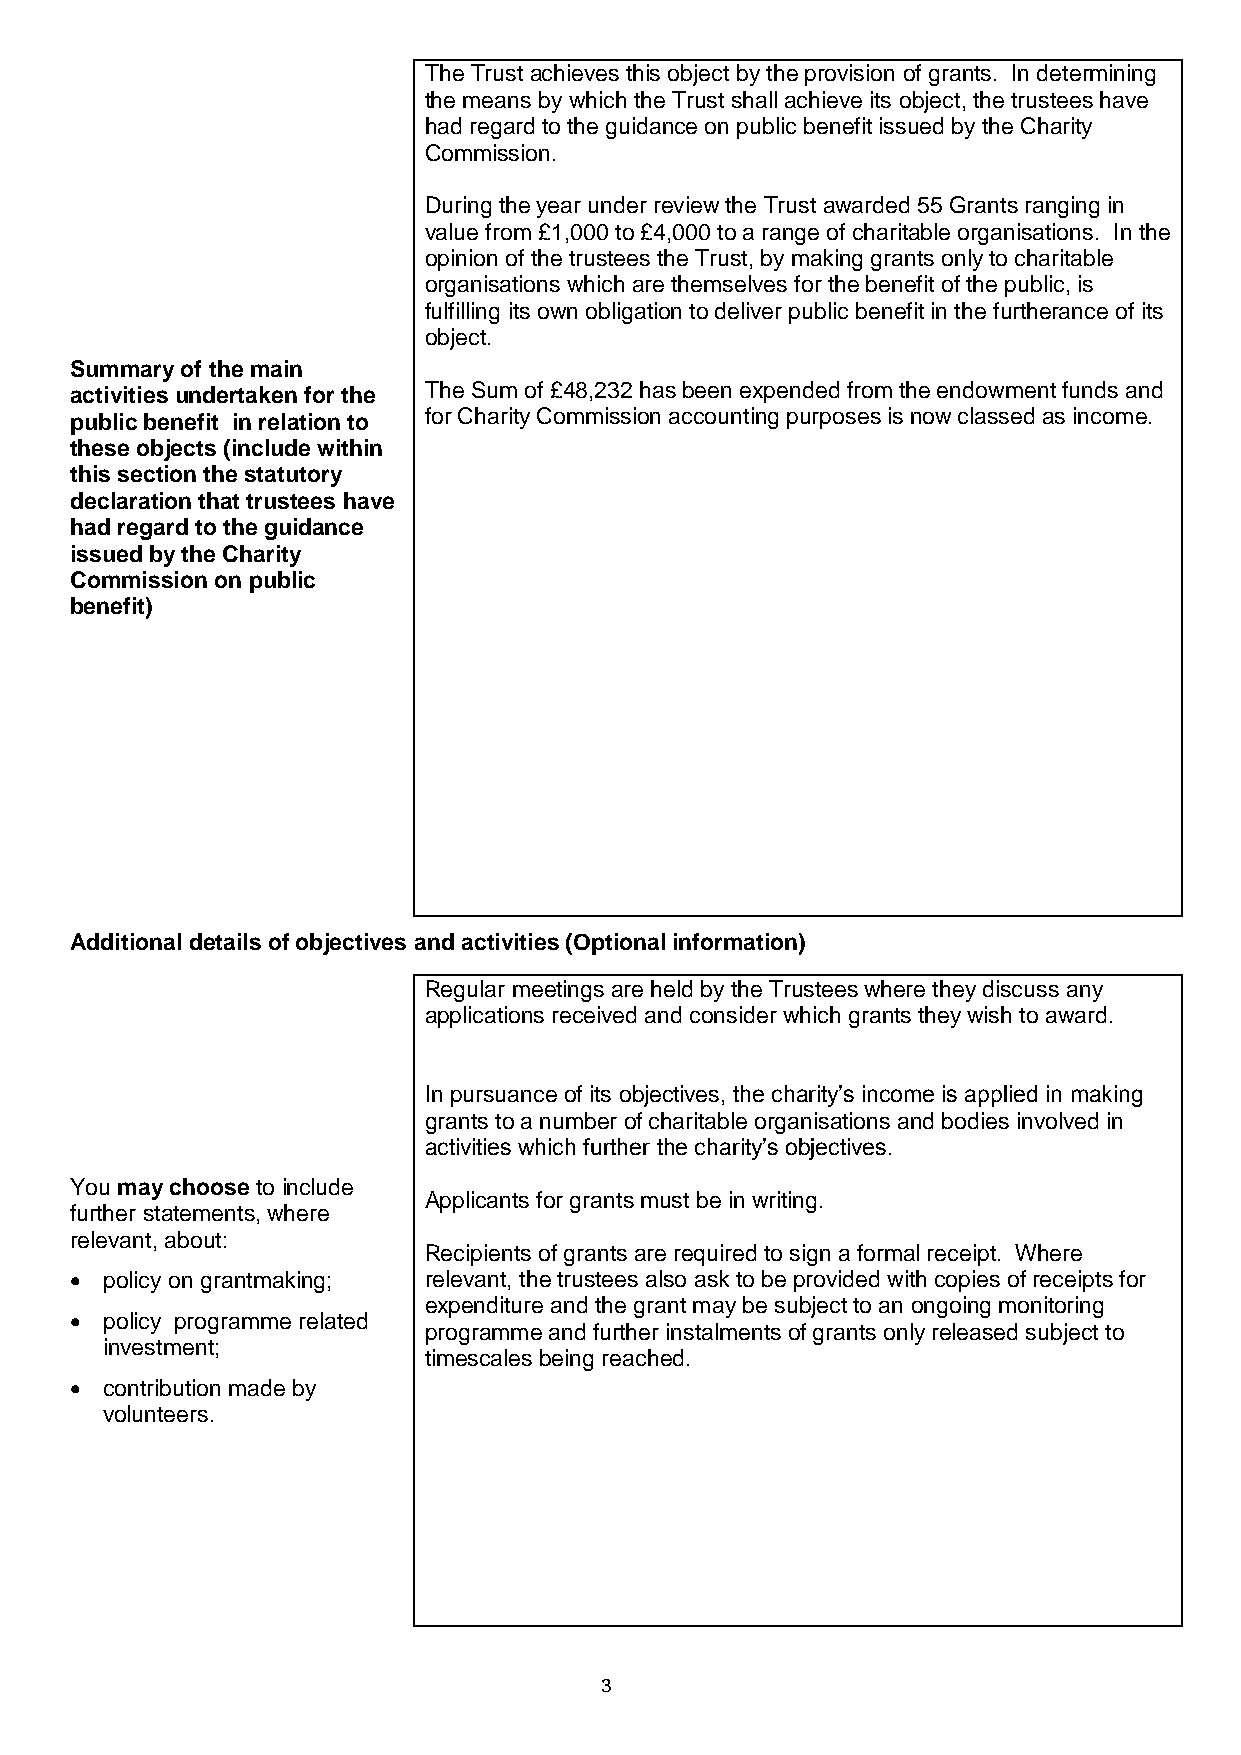
The Trust achieves this object by the provision of grants. In determining
 the means by which the Trust shall achieve its object, the trustees have
 had regard to the guidance on public benefit issued by the Charity
 Commission.
 During the year under review the Trust awarded 55 Grants ranging in
 value from £1,000 to £4,000 to a range of charitable organisations. In the
 opinion of the trustees the Trust, by making grants only to charitable
 organisations which are themselves for the benefit of the public, is
 fulfilling its own obligation to deliver public benefit in the furtherance of its
 object.
 Summary of the main
 activities undertaken for the The Sum of £48,232 has been expended from the endowment funds and
 public benefit in relation to for Charity Commission accounting purposes is now classed as income.
 these objects (include within
 this section the statutory
 declaration that trustees have
 had regard to the guidance
 issued by the Charity
 Commission on public
 benefit)
 Additional details of objectives and activities (Optional information)
 Regular meetings are held by the Trustees where they discuss any
 applications received and consider which grants they wish to award.
 In pursuance of its objectives, the charity’s income is applied in making
 grants to a number of charitable organisations and bodies involved in
 activities which further the charity’s objectives.
 You may choose to include
 Applicants for grants must be in writing.
 further statements, where
 relevant, about:
 Recipients of grants are required to sign a formal receipt. Where
  policy on grantmaking; relevant, the trustees also ask to be provided with copies of receipts for
 expenditure and the grant may be subject to an ongoing monitoring
  policy programme related
 programme and further instalments of grants only released subject to
 investment;
 timescales being reached.
  contribution made by
 volunteers.
 3